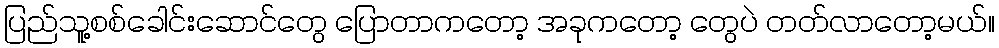
ပြည်သူ့စစ်ခေါင်းဆောင်တွေ ပြောတာကတော့ အခုကတော့ တွေပဲ တတ်လာတော့မယ်။